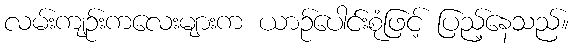
လမ်းကျဉ်းကလေးများက ယာဉ်ပေါင်းစုံဖြင့် ပြည့်နေသည်။